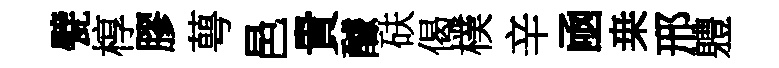
甓椁膠萼邑貴醵砆偈樸辛凾桒邢軆